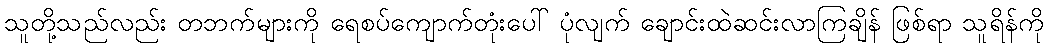
သူတို့သည်လည်း တဘက်များကို ရေစပ်ကျောက်တုံးပေါ် ပုံလျက် ချောင်းထဲဆင်းလာကြချိန် ဖြစ်ရာ သူရိန်ကို